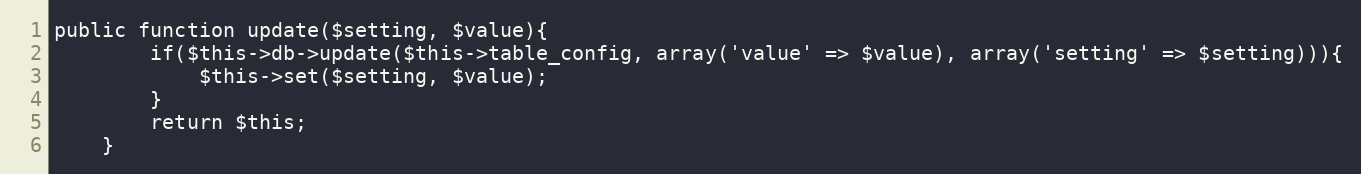
Language: PHP
public function update($setting, $value){
        if($this->db->update($this->table_config, array('value' => $value), array('setting' => $setting))){
            $this->set($setting, $value);
        }
        return $this;
    }